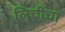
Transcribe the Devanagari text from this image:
लिचीचा